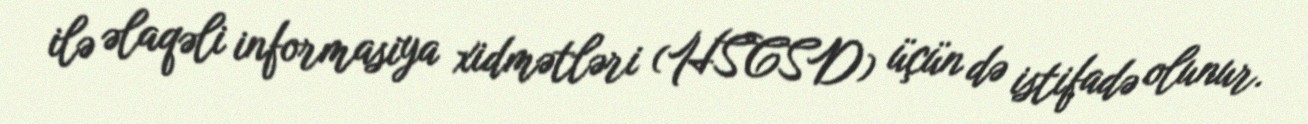
ilə əlaqəli informasiya xidmətləri (HSCSD) üçün də istifadə olunur.